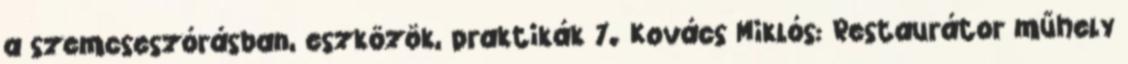
a szemcseszórásban, eszközök, praktikák 7. Kovács Miklós: Restaurátor műhely